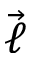
\vec { \ell }